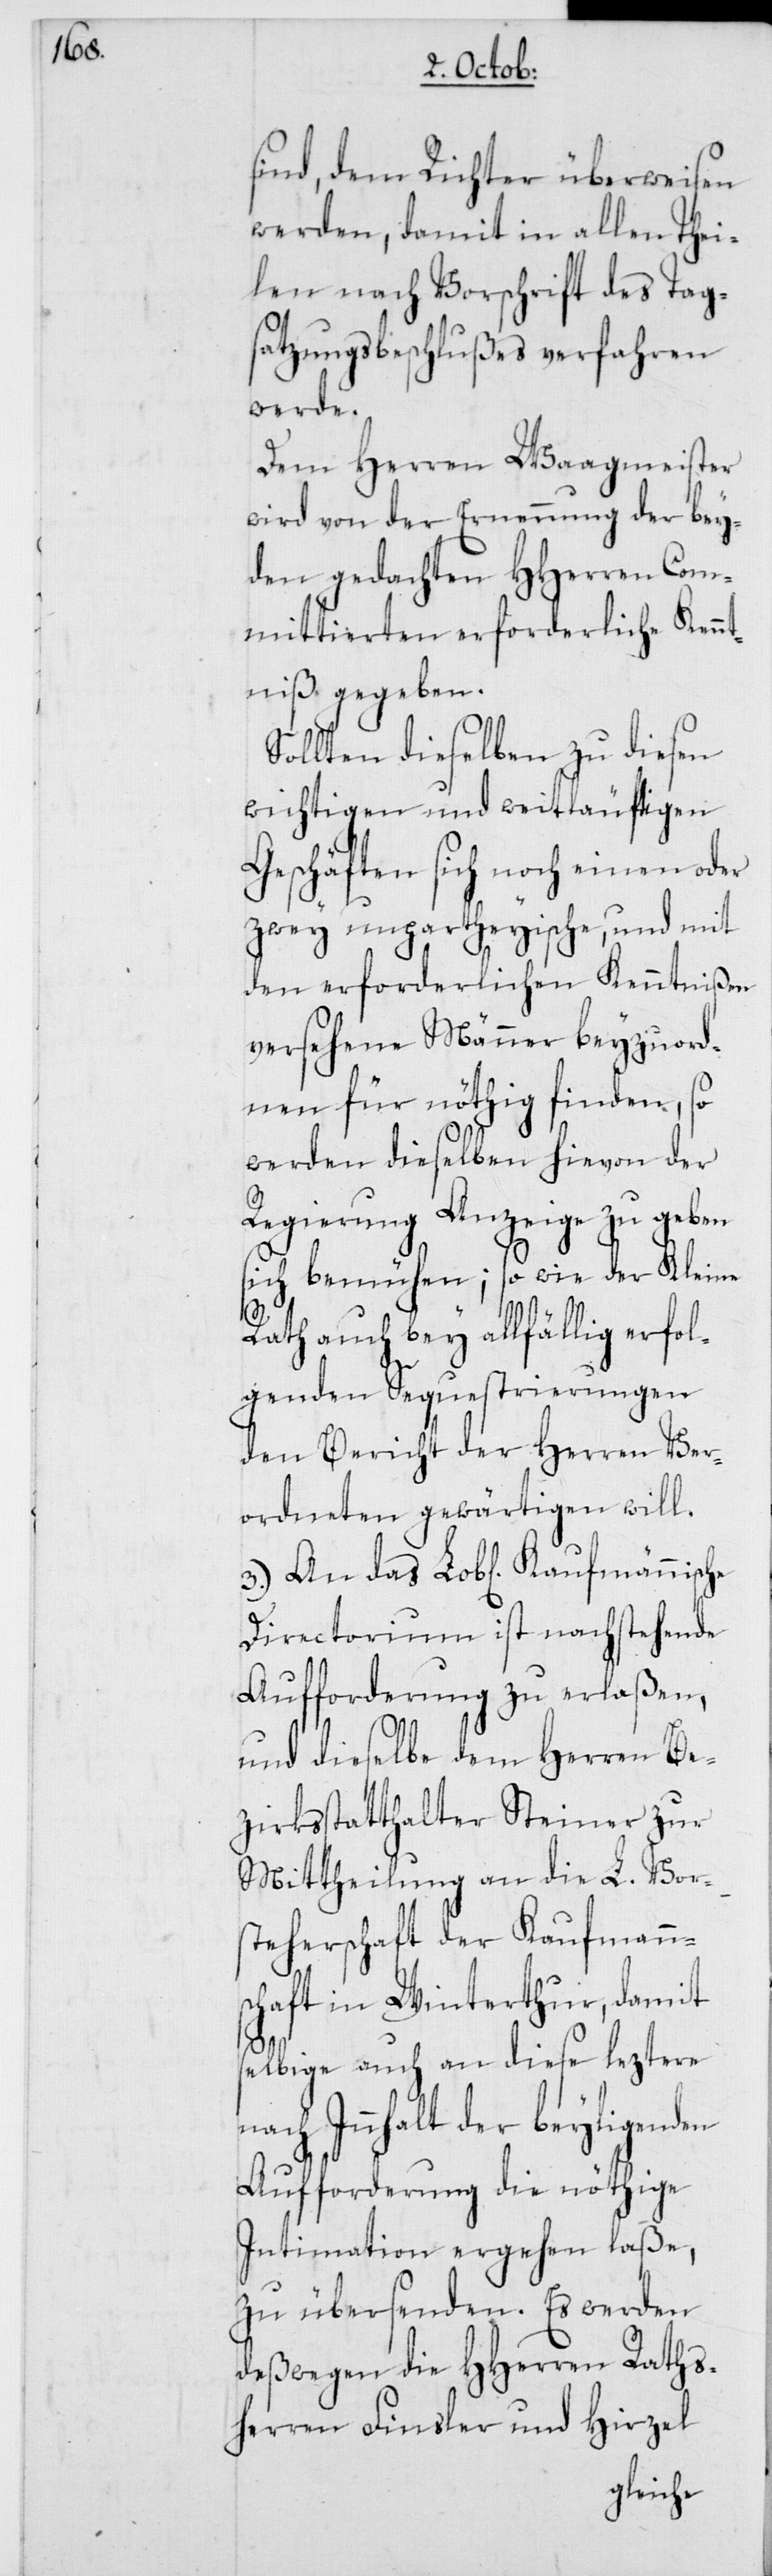
sind, dem Richter überweisen
werden, damit in allen Thei¬
len nach Vorschrift des Tag¬
satzungsbeschlußes verfahren
werde.
Dem Herren Waagmeister
wird von der Ernennung der bey¬
den gedachten HHerren Com¬
mittierten erforderliche Kennt¬
niß gegeben.
Sollten dieselben zu diesen
wichtigen und weitläufigen
Geschäften sich noch einen oder
zwey unpartheyische, und mit
den erforderlichen Kenntnißen
versehene Männer beyzuord¬
nen für nöthig finden, so
werden dieselben hievon der
Regierung Anzeige zu geben
sich bemühen; so wie der Kleine
Rath auch bey allfählig erfol¬
genden Sequestrierungen
den Bericht der Herren Ver¬
ordneten gewärtigen will.
Directorium ist nachstehende
Aufforderung zu erlaßen,
und dieselbe dem Herren Be¬
zirksstatthalter Steiner zur
Mittheilung an die L. Vor¬
steherschaft der Kaufmanns¬
chaft in Winterthur, damit
selbige auch an diese leztere
nach Innhalt der beyligenden
Aufforderung die nöthige
Intimation ergehen laße,
zu übersenden. Es werden
deßwegen die HHerren Raths¬
herren Finsler und Hirzel